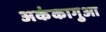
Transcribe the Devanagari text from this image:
अकंकागुआ